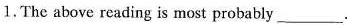
1.The above reading is most probably___.